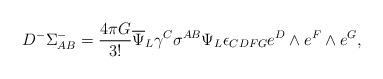
LaTeX: \begin{align*}D^-\Sigma^-_{AB} ={{4\pi G}\over{3!}}{\overline\Psi}_L\gamma^C \sigma^{AB}\Psi_L \epsilon_{CDFG}e^D\wedge e^F\wedge e^G,\end{align*}